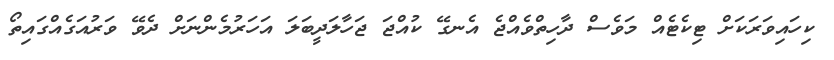
ކިހައިވަރަކަށް ޓިކެޓެއް މަވެސް ދާހިތްވެއްޖެ އެނގޭ ކުއްޖަ ޖަހާލަދީބަލަ އަހަރުމެންނަށް ދެވޭ ވަރުއަގެއްގައިތޯ